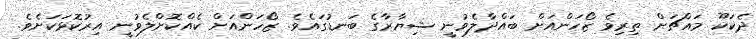
ދެކަކޫ މައްޗަށް ތިރިވެ ޒޯހަންއަށް ބައްދާލެވުނީ ޝިޔާރާގެ ބަނޑުގައެވެ. ޒޯހަންއަށް ކެއްކޮށްލެވުނީ އިރުކޮޅަކަށެވެ.